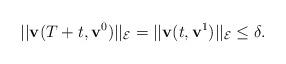
LaTeX: \begin{align*}||\mathbf{v}(T+t,\mathbf{v}^0)||_{\mathcal{E}}=||\mathbf{v}(t,\mathbf{v}^1)||_{\mathcal{E}}\leq\delta.\end{align*}